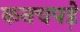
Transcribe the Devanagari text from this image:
कनचपडे़